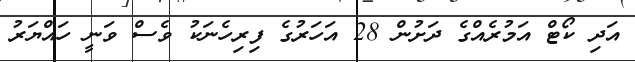
އަދި ކޯޓް އަމުރެއްގެ ދަށުން 28 އަހަރުގެ ފިރިހެނަކު ވެސް ވަނީ ހައްޔަރު